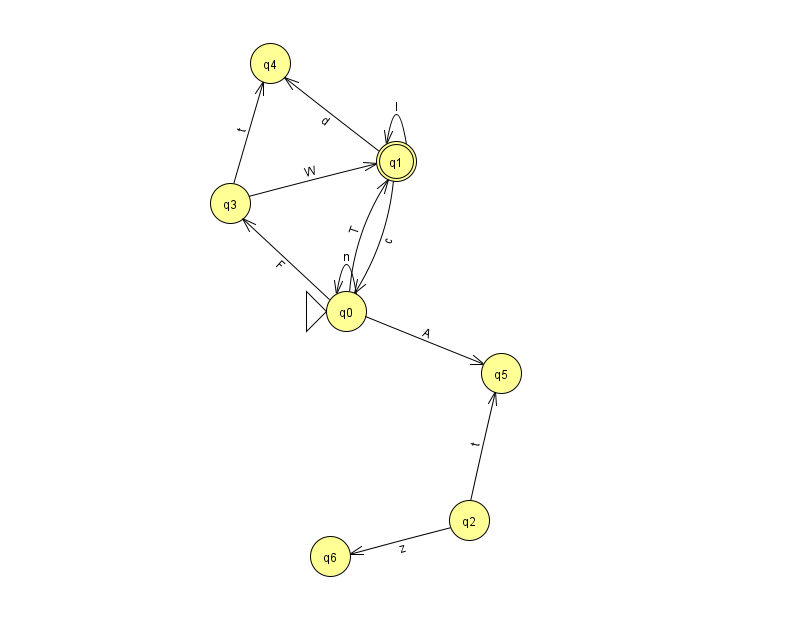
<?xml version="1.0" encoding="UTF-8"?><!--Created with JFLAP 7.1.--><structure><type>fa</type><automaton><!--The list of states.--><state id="0" name="q0"><x>346.0</x><y>298.0</y><initial/></state><state id="1" name="q1"><x>396.0</x><y>148.0</y><final/></state><state id="2" name="q2"><x>469.0</x><y>507.0</y></state><state id="3" name="q3"><x>230.0</x><y>190.0</y></state><state id="4" name="q4"><x>270.0</x><y>50.0</y></state><state id="5" name="q5"><x>501.0</x><y>360.0</y></state><state id="6" name="q6"><x>330.0</x><y>543.0</y></state><!--The list of transitions.--><transition><from>0</from><to>5</to><read>A</read></transition><transition><from>1</from><to>4</to><read>d</read></transition><transition><from>0</from><to>3</to><read>F</read></transition><transition><from>2</from><to>5</to><read>t</read></transition><transition><from>1</from><to>0</to><read>c</read></transition><transition><from>3</from><to>4</to><read>t</read></transition><transition><from>1</from><to>1</to><read>l</read></transition><transition><from>3</from><to>1</to><read>W</read></transition><transition><from>0</from><to>1</to><read>T</read></transition><transition><from>0</from><to>0</to><read>n</read></transition><transition><from>2</from><to>6</to><read>z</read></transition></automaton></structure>